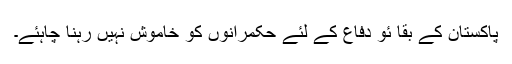
پاکستان کے بقا ئو دفاع کے لئے حکمرانوں کو خاموش نہیں رہنا چاہئے۔